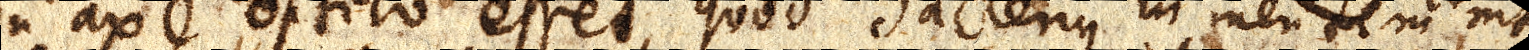
in axe optico esset, quod hactenus in mentem venit